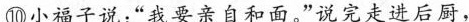
⑩小福子说：”我要亲自和面。”说完走远后厨，